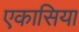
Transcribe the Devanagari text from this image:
एकासिया